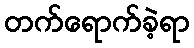
တက်ရောက်ခဲ့ရာ